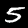
Digit: 5